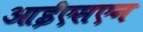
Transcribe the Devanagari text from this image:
आईएसएन